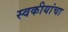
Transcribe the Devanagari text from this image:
स्वकीयांचा